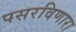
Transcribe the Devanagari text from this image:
पसरविणारा